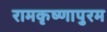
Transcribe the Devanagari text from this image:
रामकृष्णापुरम